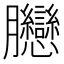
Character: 𦣛